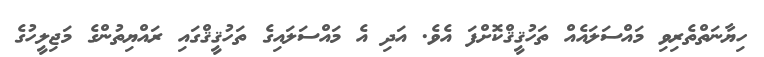
ހިޔާނަތްތެރިވި މައްސަލައެއް ތަހުޤީޤްކޮށްފަ އެވެ. އަދި އެ މައްސަލައިގެ ތަހުޤީޤްގައި ރައްޔިތުންގެ މަޖިލީހުގެ